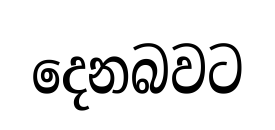
දෙනබවට